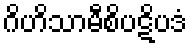
ဂိဟိသာမီစိပဋိပဒံ